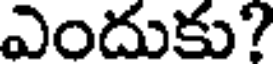
ఎందుకు?